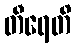
တီရေတိ